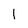
Character: 1